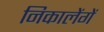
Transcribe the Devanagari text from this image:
निकालेंगें